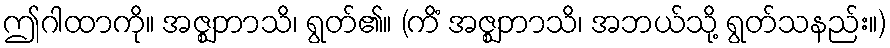
ဤဂါထာကို။ အဇ္ဈဘာသိ၊ ရွတ်၏။ (ကိံ အဇ္ဈဘာသိ၊ အဘယ်သို့ ရွတ်သနည်း။)